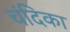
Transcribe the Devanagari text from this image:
चंदिका